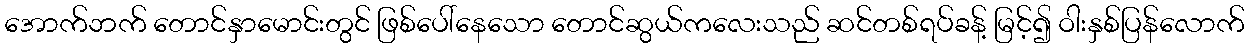
အောက်ဘက် တောင်နှာမောင်းတွင် ဖြစ်ပေါ်နေသော တောင်ဆွယ်ကလေးသည် ဆင်တစ်ရပ်ခန့် မြင့်၍ ဝါးနှစ်ပြန်လောက်